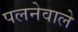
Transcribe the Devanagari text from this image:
पलनेवाले